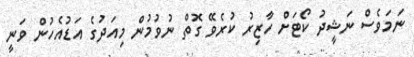
ނަމަވެސް ނަޝީދު ކޯޓަށް ހާޒިރު ކުރެވޭ ގޮތް ނުވުމުން މިއަދުގެ އަޑުއެހުން ވަނީ